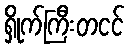
ရှိုက်ကြီးတငင်